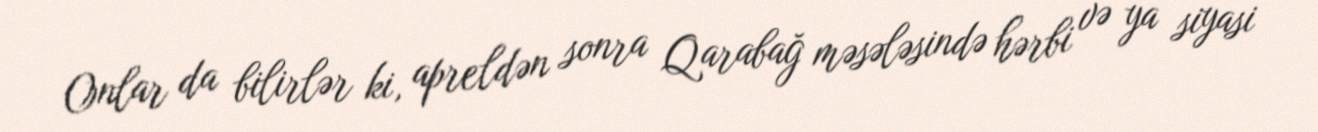
Onlar da bilirlər ki, apreldən sonra Qarabağ məsələsində hərbi və ya siyasi